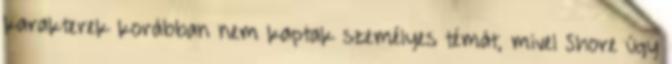
karakterek korábban nem kaptak személyes témát, mivel Shore úgy